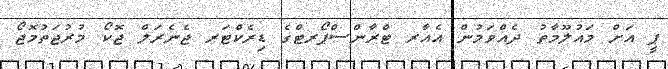
ޕީ އަށް މައުލޫމާތު ދެއްވަމުން އެއާރ ޓްރާންސްޕޯރޓްގެ ޑިރެކްޓަރ ޖެނެރަލް ޖޮކޯ މުރުޖަތުމޮޖޯ